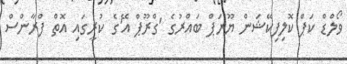
ވޯލްޑް ކަޕް ކޮލިފިކޭޝަން ޔޫރަޕް ބައްރުގެ 'ގްރޫޕް އޭ'ގެ ކުރީގައި އޮތް ފްރާންސް